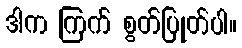
ဒါက ကြက် စွတ်ပြုတ်ပါ။